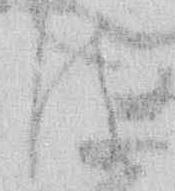
は